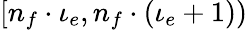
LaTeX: [n_{f}\cdot\iota_{e},n_{f}\cdot(\iota_{e}+1))